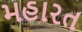
મહારત